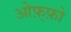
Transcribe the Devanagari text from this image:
ओफ़्फ़ो